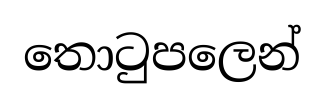
තොටුපලෙන්